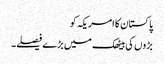
پاکستان کا امریکہ کو
بڑوں کی بیٹھک میں بڑے فیصلے۔